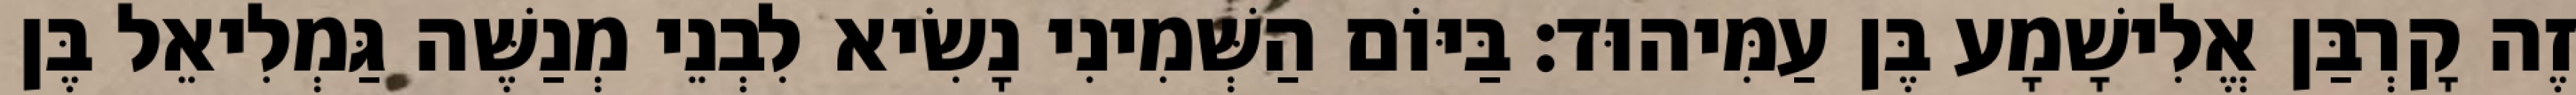
זֶה קָרְבַּן אֱלִישָׁמָע בֶּן עַמִּיהוּד׃ בַּיּוֹם הַשְּׁמִינִי נָשִׂיא לִבְנֵי מְנַשֶּׁה גַּמְלִיאֵל בֶּן